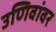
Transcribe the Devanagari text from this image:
उणिवांवर